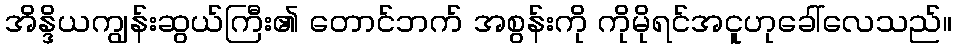
အိန္ဒိယကျွန်းဆွယ်ကြီး၏ တောင်ဘက် အစွန်းကို ကိုမိုရင်အငူဟုခေါ်လေသည်။